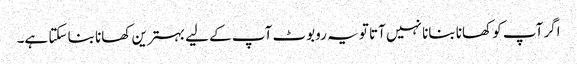
اگر آپ کو کھانا بنانا نہیں آتا تو یہ روبوٹ آپ کے لیے بہترین کھانا بنا سکتا ہے۔